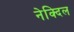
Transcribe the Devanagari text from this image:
नेक्दिल